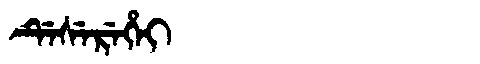
Manchu: ᡩᡝᠰᡝᡵᡝᡥᡝᡳ
Romanization: DESEREHEI